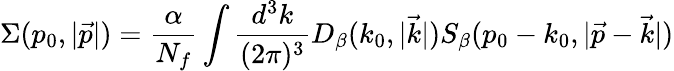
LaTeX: \Sigma(p_{0},|\vec{p}|)=\frac{\alpha}{N_{f}}\int\frac{d^{3}k}{(2\pi)^{3}}D_{\beta}(k_{0},|\vec{k}|)S_{\beta}(p_{0}-k_{0},|\vec{p}-\vec{k}|)